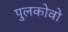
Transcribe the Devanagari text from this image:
पुलकोवो